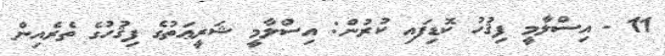
11 - އިސްލާމީ ފިޤުހު ކޮޑިފައި ކުރުން: އިސްލާމީ ޝަރީޢަތުގެ ފިޤުހުގެ ތެރެއިން